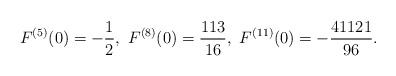
\begin{align*}F^{(5)}(0)=-\frac{1}{2},\ F^{(8)}(0)=\frac{113}{16},\ F^{(11)}(0)=-\frac{41121}{96}.\end{align*}